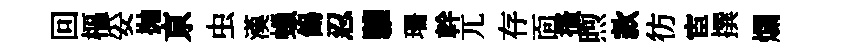
回樞妥抛亰虫漢蠟餳忍驩珊幹兀存靣搔煦款彷宦撰爛